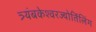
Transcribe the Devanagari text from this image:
त्र्यंबकेश्‍वरज्योर्तिलिंग